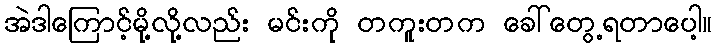
အဲဒါကြောင့်မို့လို့လည်း မင်းကို တကူးတက ခေါ်တွေ့ရတာပေါ့။